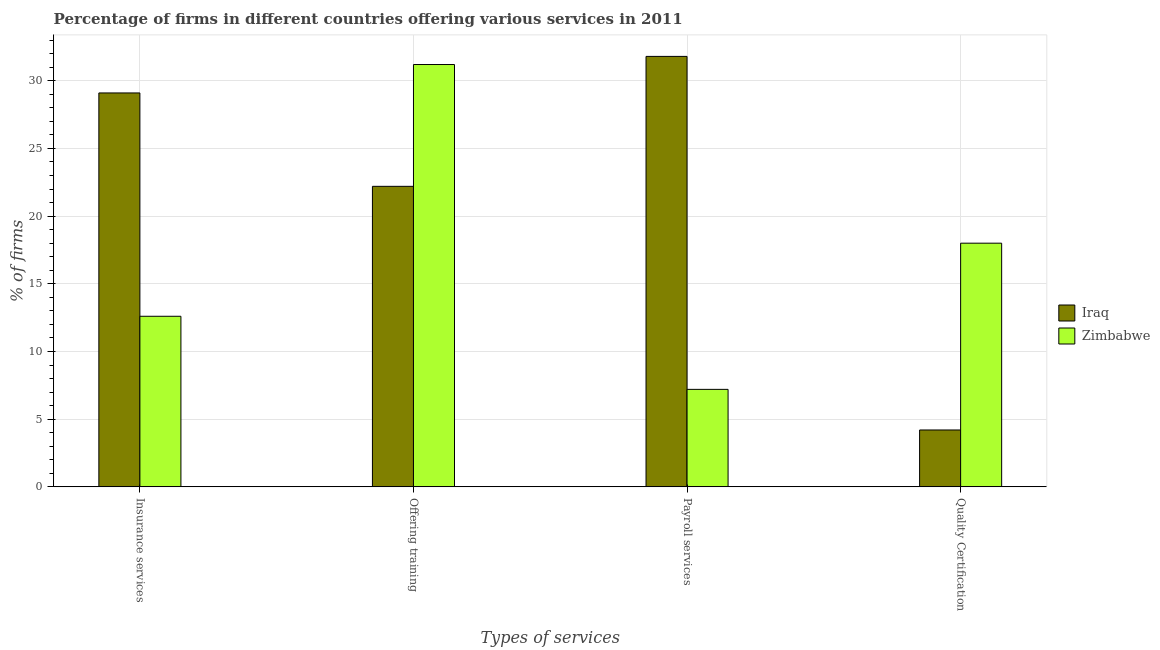
| Types of services | Iraq | Zimbabwe |
 | --- | --- | --- |
 | Insurance services | 29.1 | 12.6 |
 | Offering training | 22.2 | 31.2 |
 | Payroll services | 31.8 | 7.2 |
 | Quality Certification | 4.2 | 18 |